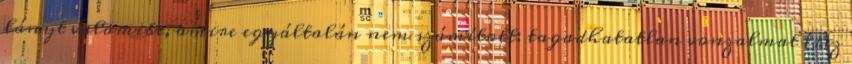
lányt valamibe, amire egyáltalán nem számított: tagadhatatlan vonzalmat érez